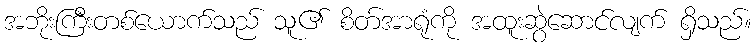
အဘိုးကြီးတစ်ယောက်သည် သူ၏ စိတ်အာရုံကို အထူးဆွဲဆောင်လျက် ရှိသည်။